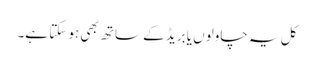
کل یہ چاولوں یا بریڈ کے ساتھ بھی ہو سکتا ہے۔